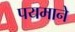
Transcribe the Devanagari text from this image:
पयमाने